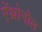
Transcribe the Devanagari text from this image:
ऐंथ्रोनोल